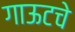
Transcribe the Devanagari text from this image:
गाऊटचे